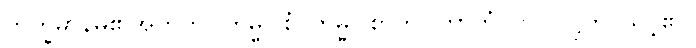
ဘိက္ခမာန်မ၏အတွက်။ ကမ္မဝါစံ၊ ကမ္မဝါစာကို။ ကာတုံ၊ ငှာ။ ဝဋ္ဋတိ၊ သင့်၏။